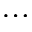
\ldots